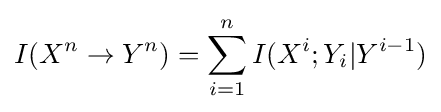
I(X^{n}\to Y^{n})=\sum _{i=1}^{n}I(X^{i};Y_{i}|Y^{i-1})